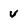
Character: v